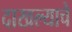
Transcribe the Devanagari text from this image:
दाखल्याचे